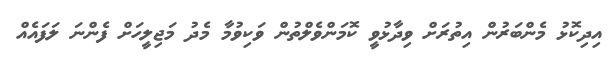
އިދިކޮޅު މެންބަރުން އިތުރަށް ވިދާޅުވީ ކޮމަންވެލްތުން ވަކިވުމާ މެދު މަޖިލީހަށް ފެންނަ ލަފައެއް